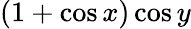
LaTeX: (1+\cos x)\cos y